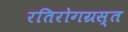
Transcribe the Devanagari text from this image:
रतिरोगग्रस्त